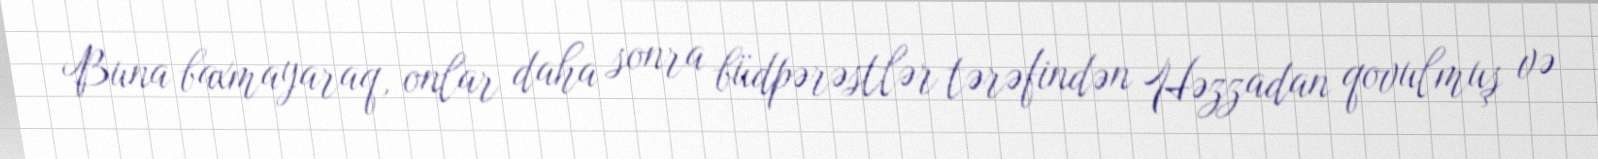
Buna baxmayaraq, onlar daha sonra büdpərəstlər tərəfindən Həzzadan qovulmuş və